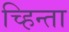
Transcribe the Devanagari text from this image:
च्हिन्ता